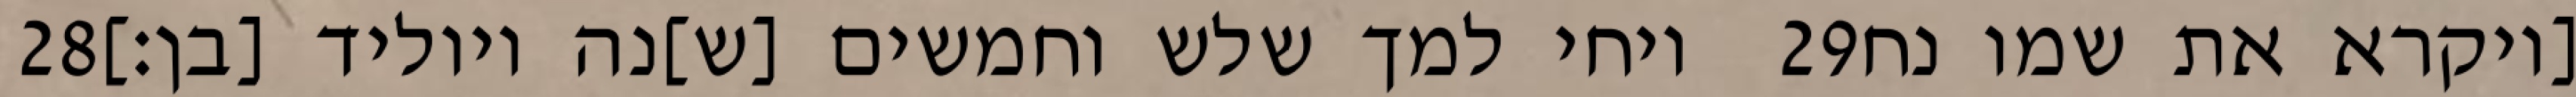
‎28‏ ויחי למך שלש וחמשים [ש]נה ויוליד [בן׃] ‎29‏ [ויקרא את שמו נח